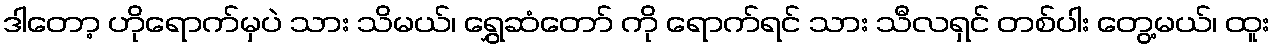
ဒါတော့ ဟိုရောက်မှပဲ သား သိမယ်၊ ရွှေဆံတော် ကို ရောက်ရင် သား သီလရှင် တစ်ပါး တွေ့မယ်၊ ထူး